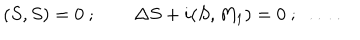
( S , S ) = 0 \ ; \qquad \Delta S + i ( S , M _ { 1 } ) = 0 \ ; \ \ldots \ .